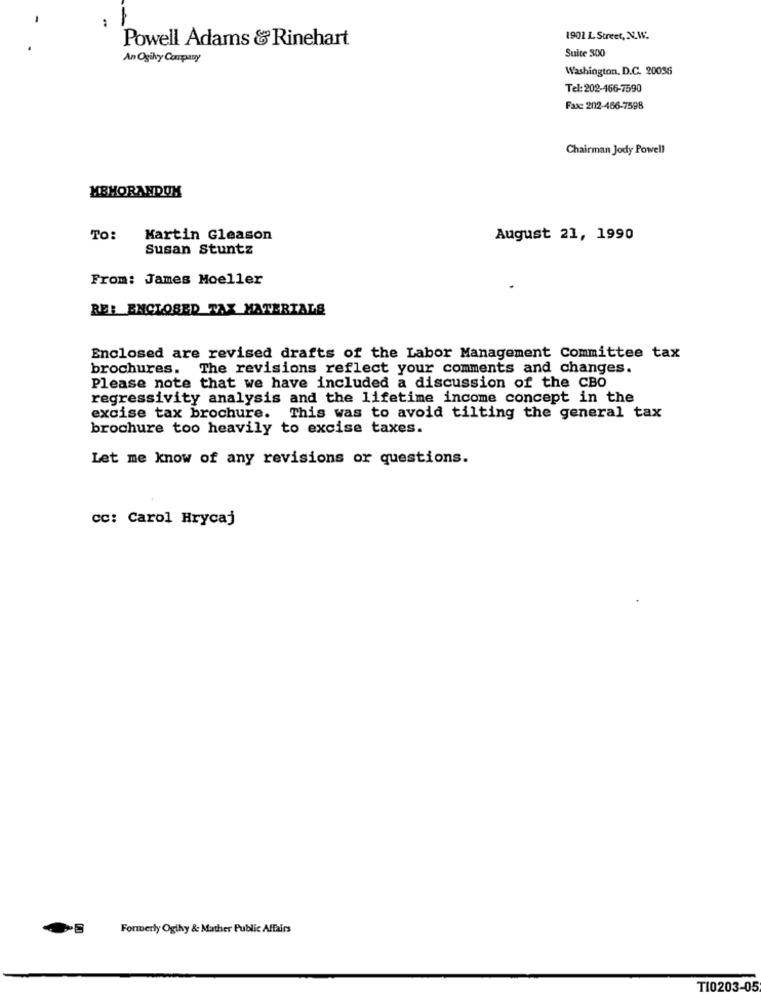
..
Powell Adams &Rinehart
1901 L Street, N.W.
Suite 300
An Ogiky Company
Washington, D.C. 20036
Tel: 202-466-7590
Faxe 202-466-7598
Chairman Jody Powell
MEMORANDUM
TO:
Martin Gleason
August 21, 1990
Susan Stuntz
From: James Moeller
RE: ENCLOSED TAX MATERIALS
Enclosed are revised drafts of the Labor Management Committee tax
brochures. The revisions reflect your comments and changes.
Please note that we have included a discussion of the CBO
regressivity analysis and the lifetime income concept in the
excise tax brochure. This was to avoid tilting the general tax
brochure too heavily to excise taxes.
Let me know of any revisions or questions.
CC: Carol Hrycaj
Formerly Oglhvy & Mather Public Affairs
TI0203-05